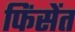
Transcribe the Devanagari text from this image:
फिंसेंत